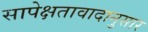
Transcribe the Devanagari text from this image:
सापेक्षतावादानुसार